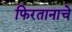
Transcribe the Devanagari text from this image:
फिरतानाचे